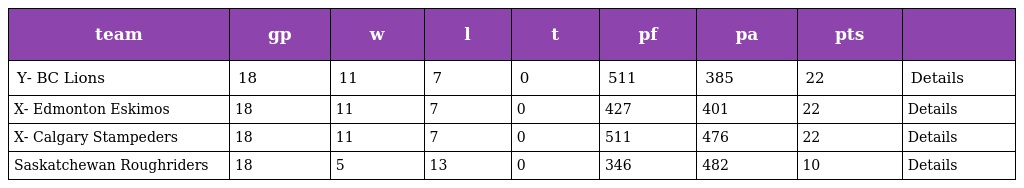
| team | gp | w | l | t | pf | pa | pts |  |
 | --- | --- | --- | --- | --- | --- | --- | --- | --- |
 | Y- BC Lions | 18 | 11 | 7 | 0 | 511 | 385 | 22 | Details |
 | X- Edmonton Eskimos | 18 | 11 | 7 | 0 | 427 | 401 | 22 | Details |
 | X- Calgary Stampeders | 18 | 11 | 7 | 0 | 511 | 476 | 22 | Details |
 | Saskatchewan Roughriders | 18 | 5 | 13 | 0 | 346 | 482 | 10 | Details |